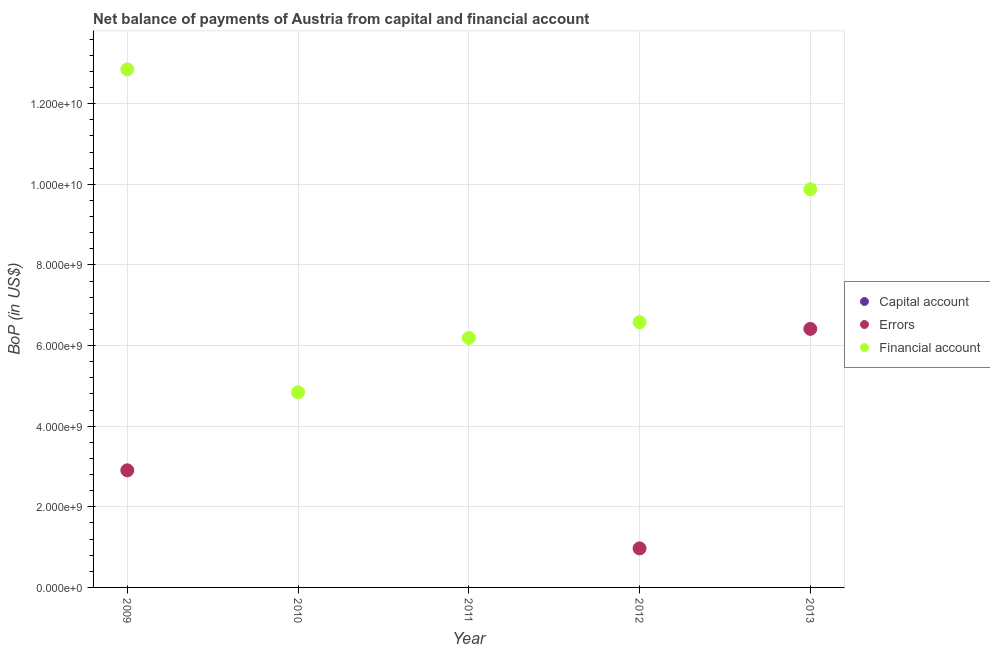
| Year | Capital account | Errors | Financial account |
 | --- | --- | --- | --- |
 | 2009 | -3.69e+08 | 2.91e+09 | 1.29e+10 |
 | 2010 | -3.63e+08 | -6.28e+09 | 4.84e+09 |
 | 2011 | -3.12e+08 | -2.94e+08 | 6.19e+09 |
 | 2012 | -5.33e+08 | 9.69e+08 | 6.58e+09 |
 | 2013 | -6.28e+08 | 6.41e+09 | 9.88e+09 |